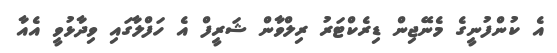
އެ ކުންފުނީގެ މެނޭޖިން ޑިރެކްޓަރު ރިލްވާން ޝަރީފް އެ ހަފްލާގައި ވިދާޅުވީ އެއާ